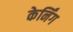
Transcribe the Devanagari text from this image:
केर्निंग